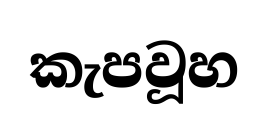
කැපවූහ